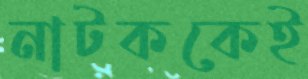
নাটককেই